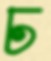
চ